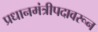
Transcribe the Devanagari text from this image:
प्रधानमंत्रीपदावरून